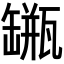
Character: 𦉐